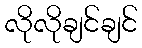
လိုလိုချင်ချင်